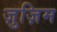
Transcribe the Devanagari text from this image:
ज़ुज़िम